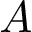
A